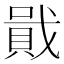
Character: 𧶒